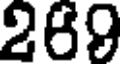
269